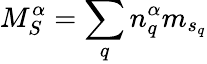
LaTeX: {M}_{S}^{\alpha}=\sum_{q}{n}_{q}^{\alpha}{m}_{{s}_{q}}